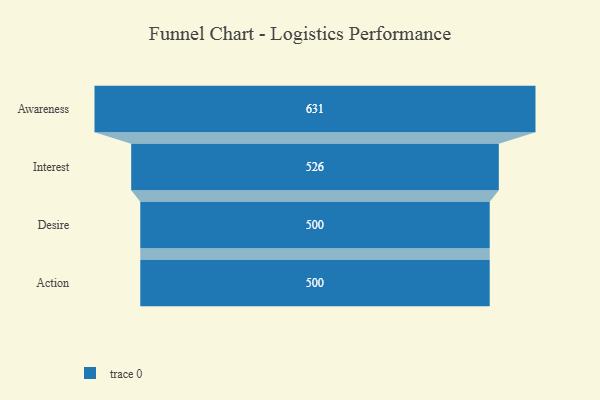
{"axis": {"x": "Stage", "y": "Value"}, "legend": [""], "data": [{"x": "Awareness", "y": 631.0, "type": ""}, {"x": "Interest", "y": 526.0, "type": ""}, {"x": "Desire", "y": 500, "type": ""}, {"x": "Action", "y": 500, "type": ""}]}